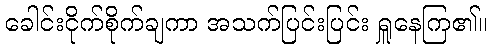
ခေါင်းငိုက်စိုက်ချကာ အသက်ပြင်းပြင်း ရှူနေကြ၏။